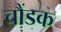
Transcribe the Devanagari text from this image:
चौंडक